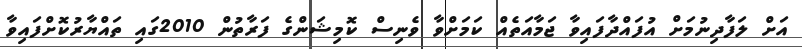
އަށް ލަފާދިނުމަށް އުފައްދާފައިވާ ޖަމާއަތެއް ކަމަށްވާ ވެނިސް ކޮމިޝަންގެ ފަރާތުން 2010ގައި ތައްޔާރުކޮށްފައިވާ